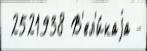
 2521938 В'ел'и́каjа -